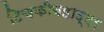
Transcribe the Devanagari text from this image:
टिचकीबहाद्दर